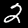
Label: 2